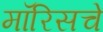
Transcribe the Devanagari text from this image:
मॉरिसचे